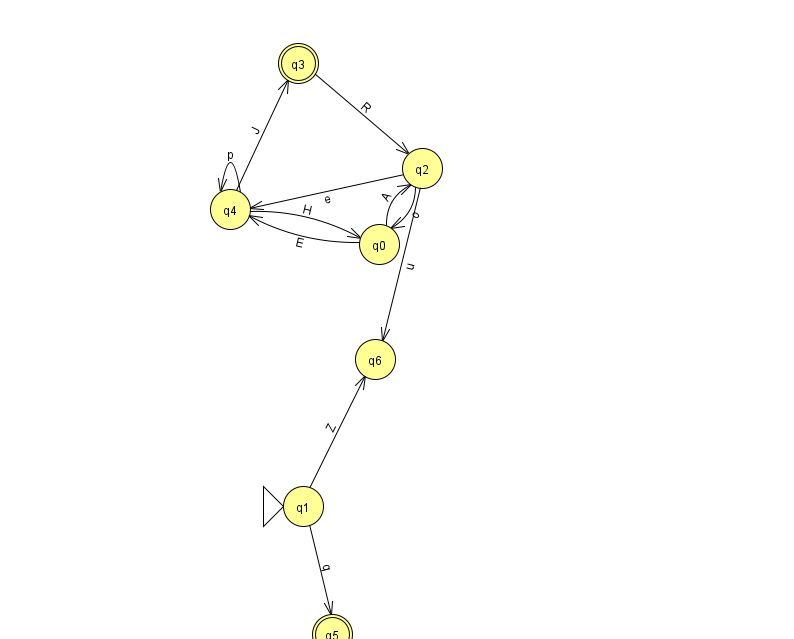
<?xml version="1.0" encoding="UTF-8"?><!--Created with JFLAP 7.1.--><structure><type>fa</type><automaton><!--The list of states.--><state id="0" name="q0"><x>379.0</x><y>231.0</y></state><state id="1" name="q1"><x>303.0</x><y>493.0</y><initial/></state><state id="2" name="q2"><x>422.0</x><y>155.0</y></state><state id="3" name="q3"><x>298.0</x><y>50.0</y><final/></state><state id="4" name="q4"><x>230.0</x><y>196.0</y></state><state id="5" name="q5"><x>332.0</x><y>621.0</y><final/></state><state id="6" name="q6"><x>375.0</x><y>346.0</y></state><!--The list of transitions.--><transition><from>0</from><to>4</to><read>E</read></transition><transition><from>4</from><to>4</to><read>p</read></transition><transition><from>2</from><to>0</to><read>o</read></transition><transition><from>4</from><to>3</to><read>J</read></transition><transition><from>3</from><to>2</to><read>R</read></transition><transition><from>1</from><to>6</to><read>Z</read></transition><transition><from>2</from><to>6</to><read>u</read></transition><transition><from>2</from><to>4</to><read>e</read></transition><transition><from>0</from><to>2</to><read>A</read></transition><transition><from>4</from><to>0</to><read>H</read></transition><transition><from>1</from><to>5</to><read>q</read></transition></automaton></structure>